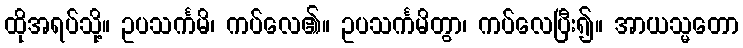
ထိုအရပ်သို့။ ဥပသင်္ကမိ၊ ကပ်လေ၏။ ဥပသင်္ကမိတွာ၊ ကပ်လေပြီး၍။ အာယသ္မတော